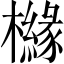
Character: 櫞